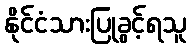
နိုင်ငံသားပြုခွင့်ရသူ